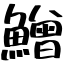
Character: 鱛